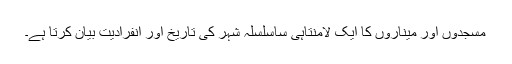
مسجدوں اور میناروں کا ایک لامنتاہی ساسلسلہ شہر کی تاریخ اور انفرادیت بیان کرتا ہے۔